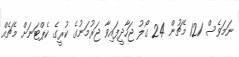
ނަމަވެސް 121 މެޗުން 24 ގޯލު ޖަހާދީފައިވާ ޖަރުމަނުގެ ކުރީގެ ކެޕްޓަނަށް މެޗެއް